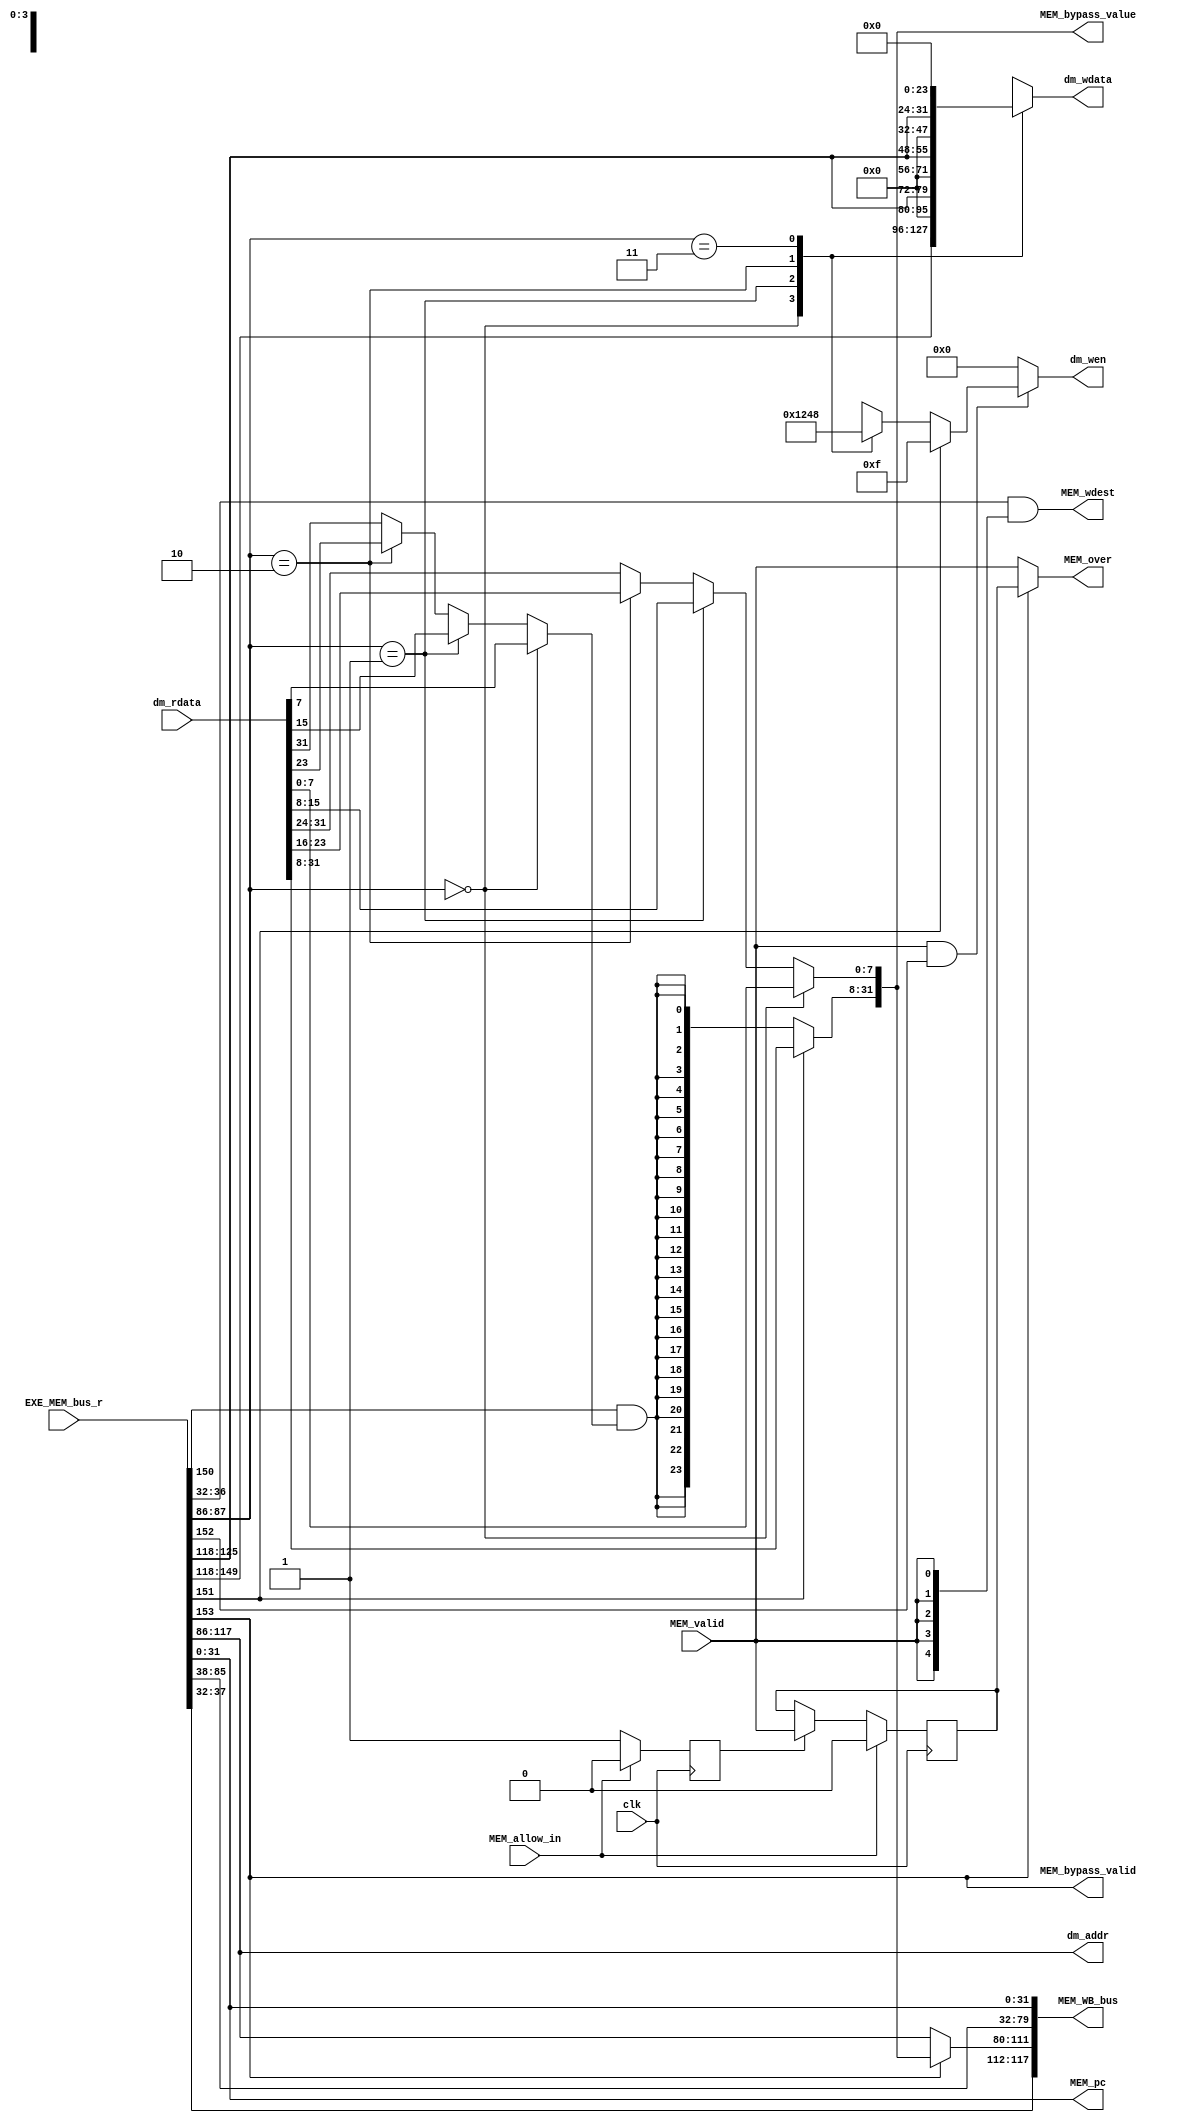
`timescale 1ns / 1ps
//*************************************************************************
//   > : mem.v
//   >   :CPU
//   >   : LOONGSON
//   >   : 2016-04-14
//*************************************************************************
module mem(                          // 
    input              clk,          // 
    input              MEM_valid,    // 
    input      [153:0] EXE_MEM_bus_r,// EXE->MEM
    input      [ 31:0] dm_rdata,     // 
    output     [ 31:0] dm_addr,      // 
    output reg [  3:0] dm_wen,       // 
    output reg [ 31:0] dm_wdata,     // 
    output             MEM_over,     // MEM
    output     [117:0] MEM_WB_bus,   // MEM->WB
    
    //5
    input              MEM_allow_in, // MEM
    output     [  4:0] MEM_wdest,    // MEM

    output        MEM_bypass_valid,
    output [31:0] MEM_bypass_value,
     
    //PC
    output     [ 31:0] MEM_pc
);
//-----{EXE->MEM}begin
    //load/store
    wire [3 :0] mem_control;  //MEM
    wire [31:0] store_data;   //store
    
    //EXEHI/LO
    wire [31:0] exe_result;
    wire [31:0] lo_result;
    wire        hi_write;
    wire        lo_write;
    
    //
    wire mfhi;
    wire mflo;
    wire mtc0;
    wire mfc0;
    wire [7 :0] cp0r_addr;
    wire       syscall;   //syscalleret 
    wire       eret;
    wire       rf_wen;    //
    wire [4:0] rf_wdest;  //
    
    //pc
    wire [31:0] pc;    
    assign {mem_control,
            store_data,
            exe_result,
            lo_result,
            hi_write,
            lo_write,
            mfhi,
            mflo,
            mtc0,
            mfc0,
            cp0r_addr,
            syscall,
            eret,
            rf_wen,
            rf_wdest,
            pc         } = EXE_MEM_bus_r;  
//-----{EXE->MEM}end

//-----{load/store}begin
    wire inst_load;  //load
    wire inst_store; //store
    wire ls_word;    //load/store,0:byte;1:word
    wire lb_sign;    //loadload
    assign {inst_load,inst_store,ls_word,lb_sign} = mem_control;

    //
    assign dm_addr = exe_result;
    
    //store
    always @ (*)    // 
    begin
        if (MEM_valid && inst_store) // ,store
        begin
            if (ls_word)
            begin
                dm_wen <= 4'b1111; // 1
            end
            else
            begin // SB
                case (dm_addr[1:0])
                    2'b00   : dm_wen <= 4'b0001;
                    2'b01   : dm_wen <= 4'b0010;
                    2'b10   : dm_wen <= 4'b0100;
                    2'b11   : dm_wen <= 4'b1000;
                    default : dm_wen <= 4'b0000;
                endcase
            end
        end
        else
        begin
            dm_wen <= 4'b0000;
        end
    end 
    
    //store
    always @ (*)  // SBstore
    begin
        case (dm_addr[1:0])
            2'b00   : dm_wdata <= store_data;
            2'b01   : dm_wdata <= {16'd0, store_data[7:0], 8'd0};
            2'b10   : dm_wdata <= {8'd0, store_data[7:0], 16'd0};
            2'b11   : dm_wdata <= {store_data[7:0], 24'd0};
            default : dm_wdata <= store_data;
        endcase
    end
    
     //load
     wire        load_sign;
     wire [31:0] load_result;
    assign load_sign = (dm_addr[1:0]==2'd0) ? dm_rdata[ 7] :
                       (dm_addr[1:0]==2'd1) ? dm_rdata[15] :
                       (dm_addr[1:0]==2'd2) ? dm_rdata[23] : dm_rdata[31] ;
     assign load_result[7:0] = (dm_addr[1:0]==2'd0) ? dm_rdata[ 7:0 ] :
                               (dm_addr[1:0]==2'd1) ? dm_rdata[15:8 ] :
                               (dm_addr[1:0]==2'd2) ? dm_rdata[23:16] :
                                                      dm_rdata[31:24] ;
     assign load_result[31:8]= ls_word ? dm_rdata[31:8] : {24{lb_sign & load_sign}};
//-----{load/store}end

//-----{MEM}begin
    //RAM,
    //load
    //load
    //memload
    //

    reg delayed;
    reg MEM_valid_r;
    always @(posedge clk)
    begin
        if (MEM_allow_in)
        begin
            MEM_valid_r <= 1'b0;
            delayed <= 1'b0;
        end
        else if (!delayed) 
        begin
            delayed <= 1'b1;
        end
        else
        begin
            MEM_valid_r <= MEM_valid;
        end
    end
    assign MEM_over = inst_load ? MEM_valid_r : MEM_valid;
    //ramMEM_validMEM_over
    //load
//-----{MEM}end

//-----{MEMdest}begin
   //MEM
    assign MEM_wdest = rf_wdest & {5{MEM_valid}};
//-----{MEMdest}end

//-----{MEM->WB}begin
    wire [31:0] mem_result; //MEMWBresultloadEXE
    assign mem_result = inst_load ? load_result : exe_result;
    
    assign MEM_WB_bus = {rf_wen,rf_wdest,                   // WB
                         mem_result,                        // 
                         lo_result,                         // 32
                         hi_write,lo_write,                 // HI/LO
                         mfhi,mflo,                         // WB,
                         mtc0,mfc0,cp0r_addr,syscall,eret,  // WB,
                         pc};                               // PC
//-----{MEM->WB}begin

    assign MEM_bypass_valid = inst_load;
    assign MEM_bypass_value = load_result;

//-----{MEMPC}begin
    assign MEM_pc = pc;
//-----{MEMPC}end
endmodule